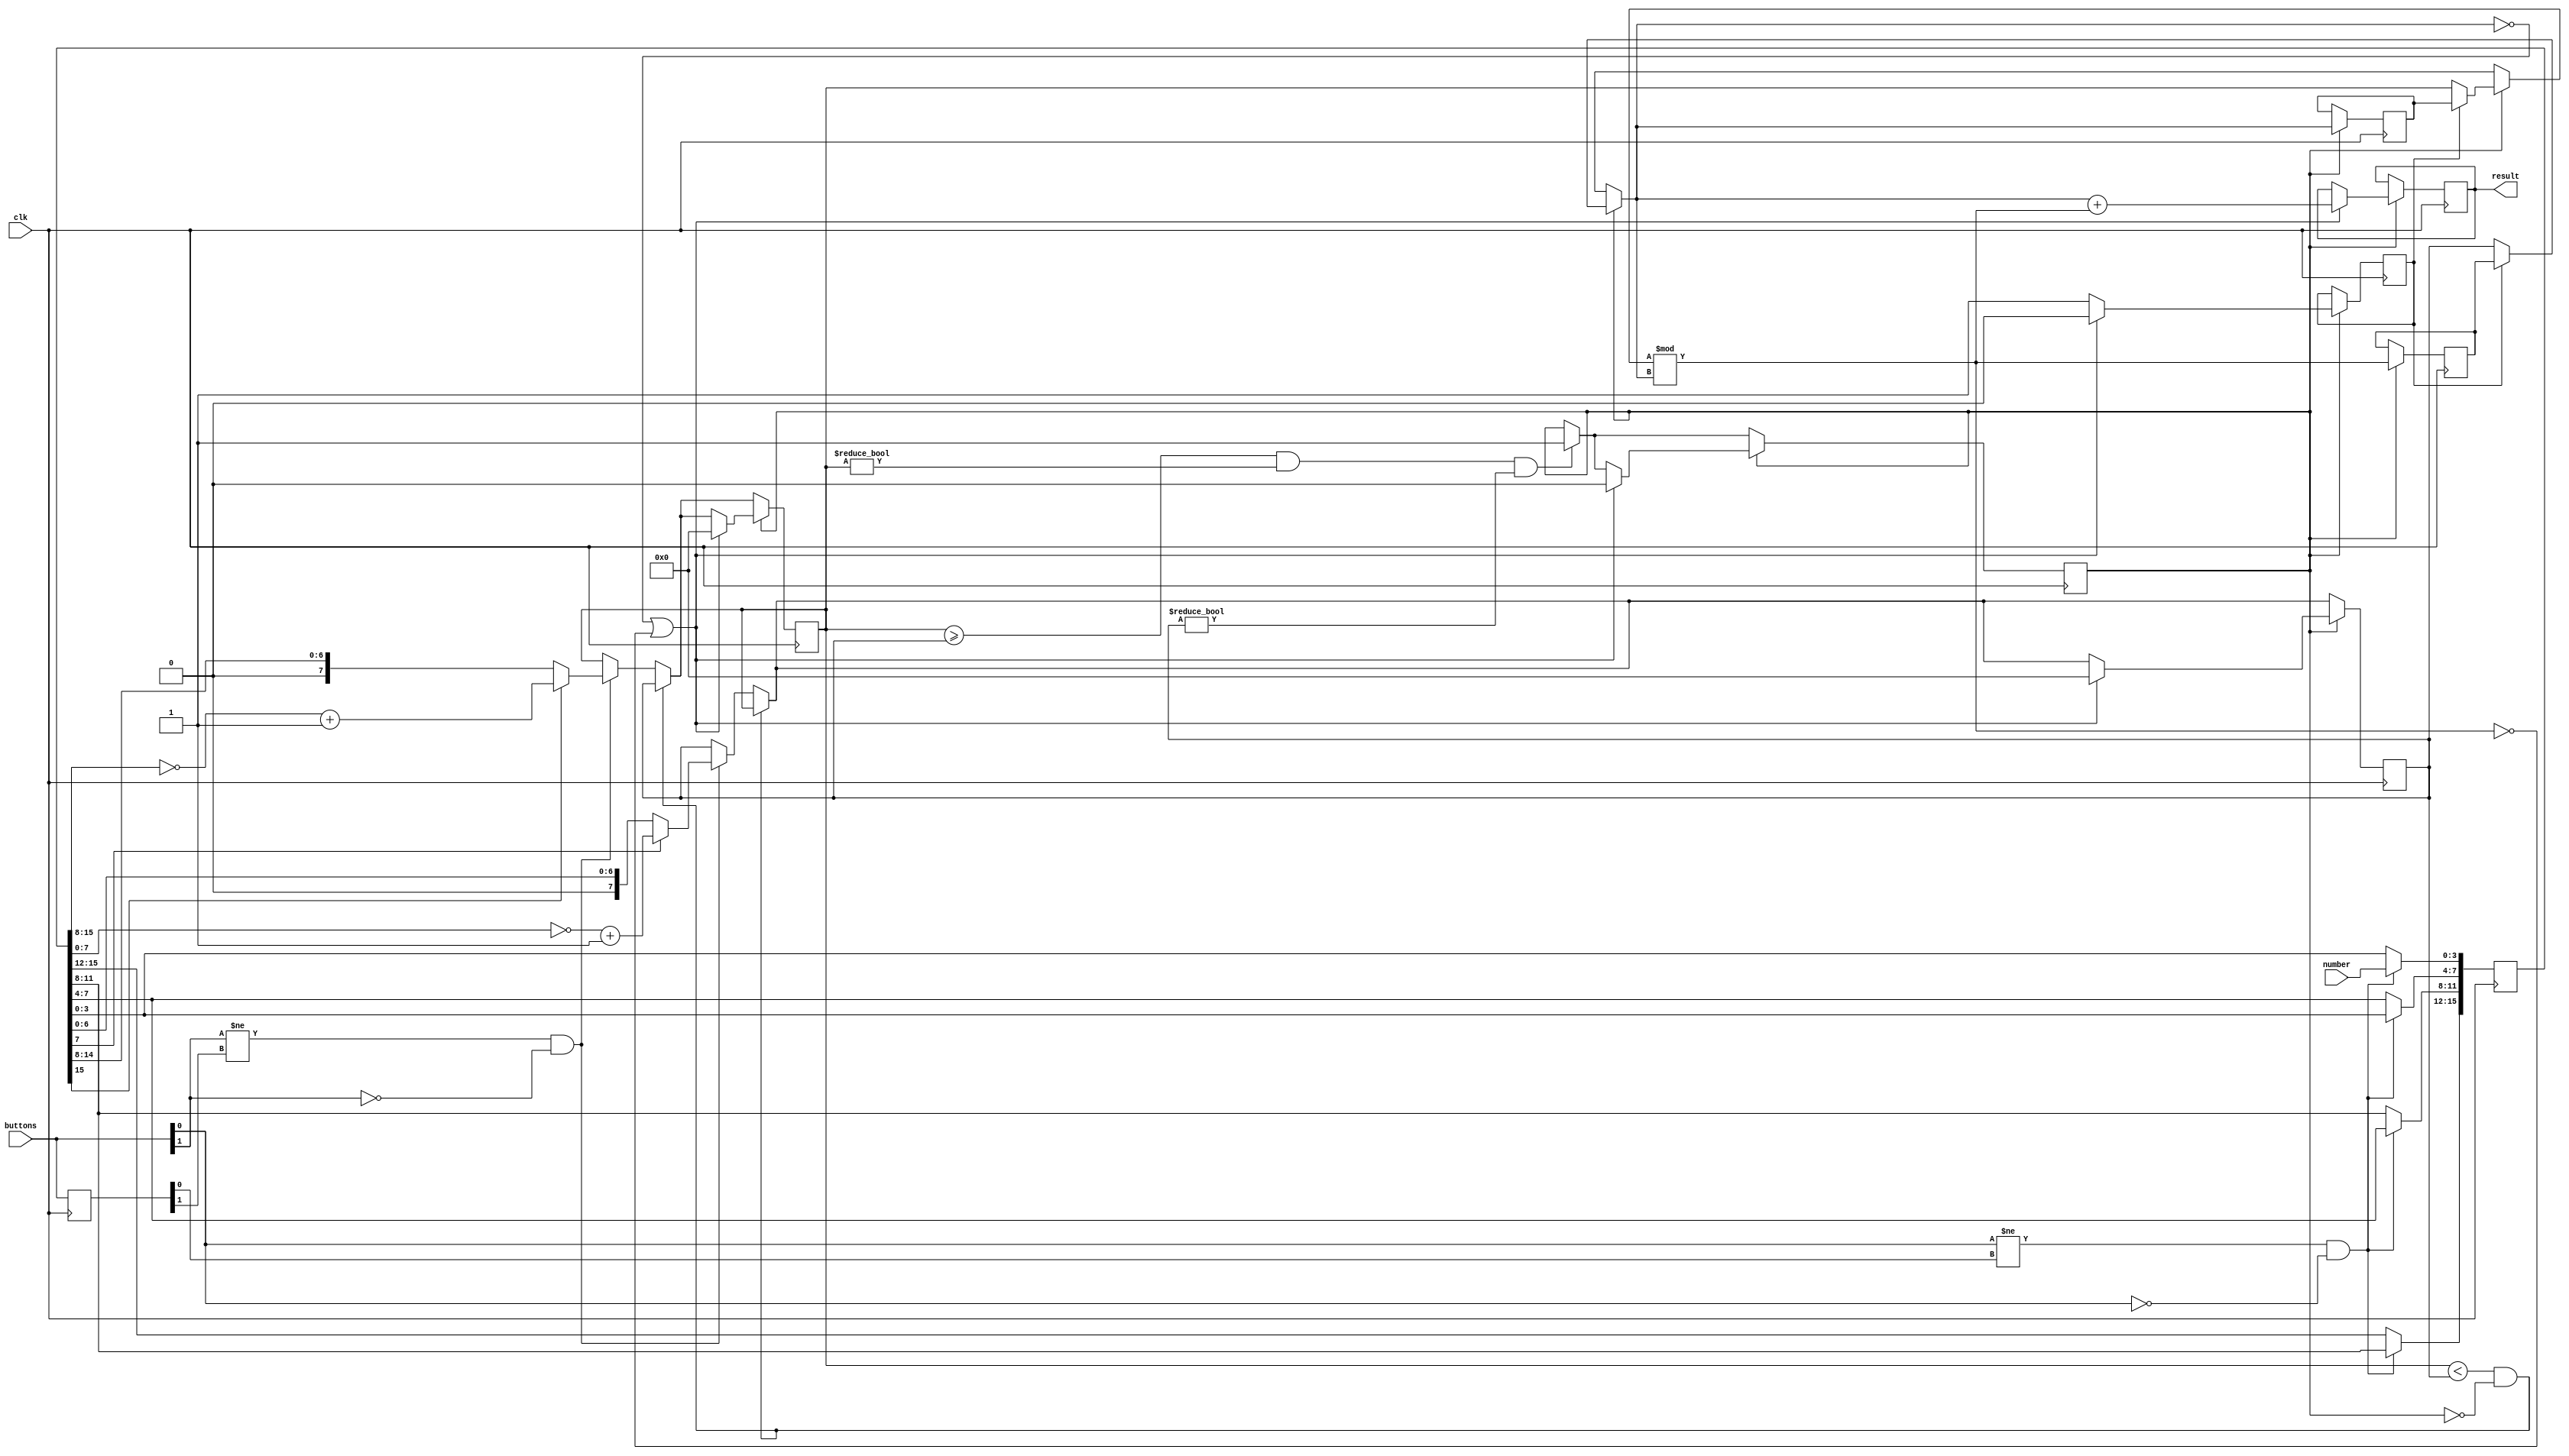
module GCD(
	input [3:0] number,
	input [1:0] buttons,
	input clk,
	output reg [7:0] result);
	
	reg [15:0] numbers = 0;
	
	reg [7:0] num1 = 0,num2 = 0,reminder = 0,finalNum1=0,finalNum2 = 0;
	
	reg [1:0] oldButtons = 0;
	
	reg startCalculation = 0,assignFlag = 0,finished = 0;
	
	wire [7:0] a,b;
	
	assign a = numbers[15:8];
	assign b = numbers[7:0];
	
	always@(posedge clk) begin
	
		oldButtons <= buttons;
	
		if(buttons[0] != oldButtons[0] && buttons[0] == 0) begin
			numbers[3:0] <= number;
			numbers[7:4] <= numbers[3:0];
			numbers[11:8] <= numbers[7:4];
			numbers[15:12] <= numbers[11:8];
		end
		
		
		if(buttons[1] != oldButtons[1] && buttons[1] == 0) begin
			if(a[7] == 1'b1) begin
				num1 <= ~a+1;
			end
			else begin
				num1 <= a;
			end
			
			if(b[7] == 1'b1) begin
				num2 <= ~b+1;
			end
			else begin
				num2 <= b;
			end
		end
		
		if(num1 < num2 && startCalculation == 0) begin
				num1 <= num2;
				num2 <= num1;
		end
		
		if(num1 >= num2 && num1 != 0 && num2 != 0) begin
			startCalculation <= 1'b1;
		end
				
		if(startCalculation == 1'b1) begin
			if(assignFlag == 0) begin
				finalNum1 = num1;
				finalNum2 = num2;
				assignFlag <= 1'b1;
			end
			reminder = finalNum1%finalNum2;
			finalNum1 = finalNum2;
			finalNum2 = reminder;
			
			if(finalNum1 == 0 || finalNum2 == 0) begin
				startCalculation <= 0;
				assignFlag <= 0;
				num1 <= 0;
				num2 <= 0;
				result <= finalNum1 + finalNum2;
			end
			
		end
	
	end
	
endmodule